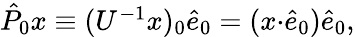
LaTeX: \begin{array}{r}{\hat{P}_{0}x\equiv(U^{-1}x)_{0}\hat{e}_{0}=(x{\cdot}\hat{e}_{0})\hat{e}_{0},}\end{array}